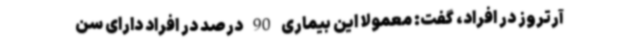
آرتروز در افراد، گفت: معمولا این بیماری 90 درصد در افراد دارای سن